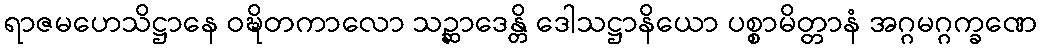
ရာဇမဟေသိဋ္ဌာနေ ဝဍ္ဎိတကာလော သဉ္ဆာဒေန္တိ ဒေါသဋ္ဌာနိယော ပစ္စာမိတ္တာနံ အဂ္ဂမဂ္ဂက္ခဏေ